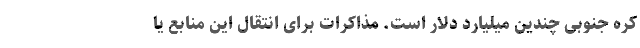
کره جنوبی چندین میلیارد دلار است. مذاکرات برای انتقال این منابع یا